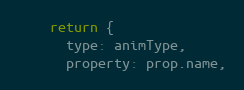
Language: JavaScript
    return {
      type: animType,
      property: prop.name,